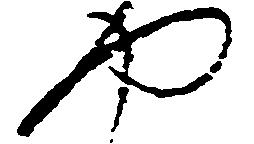
や